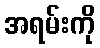
အရမ်းကို